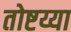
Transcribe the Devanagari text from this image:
तोष्टय्या